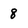
Character: 8